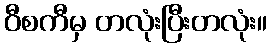
ဝီစကီမှ တလုံးပြီးတလုံး။